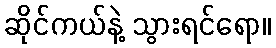
ဆိုင်ကယ်နဲ့ သွားရင်ရော။